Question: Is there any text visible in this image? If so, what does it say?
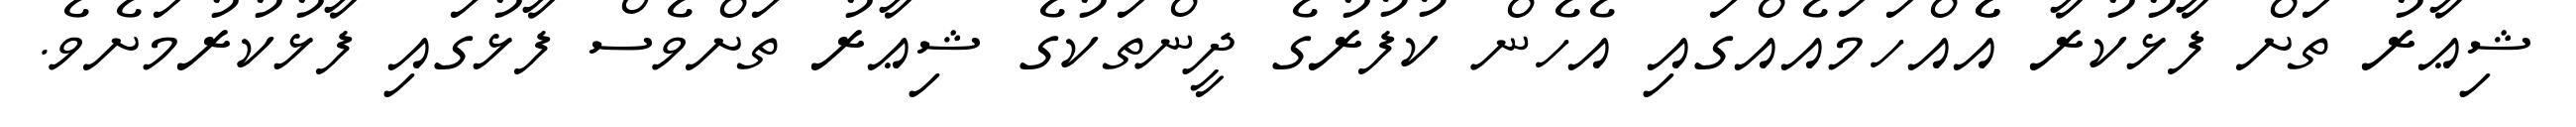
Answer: ޝިޢާރު ތަށް ފާޅުކުރާ އެެއްހަމައެއްގައި އެހެން ކުފުރުގެ ދީންތަކުގެ ޝިޢާރު ތަށްވެސް ފާޅުގައި ފާޅުކުރުމަށެވެ.